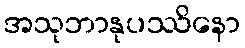
အသုဘာနုပဿိနော